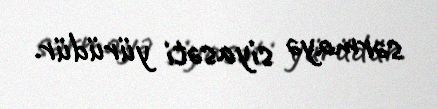
sərmayə siyasəti yürüdür.